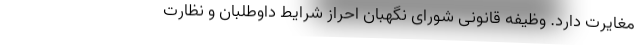
مغایرت دارد. وظیفه قانونی شورای نگهبان احراز شرایط داوطلبان و نظارت